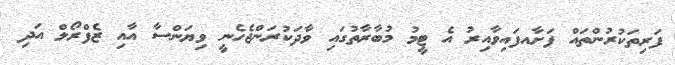
ފަރިތަކުރުންތައް ފަށާއފައިވާއިރު އެ ޓީމު މުބާރާތުގައި ވާދަކުރަންޖެހެނީ ވިޔަންސާ އާއި ޒެފްރޯލް އަދި